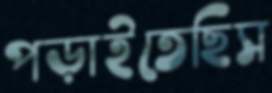
পড়াইতেছিস